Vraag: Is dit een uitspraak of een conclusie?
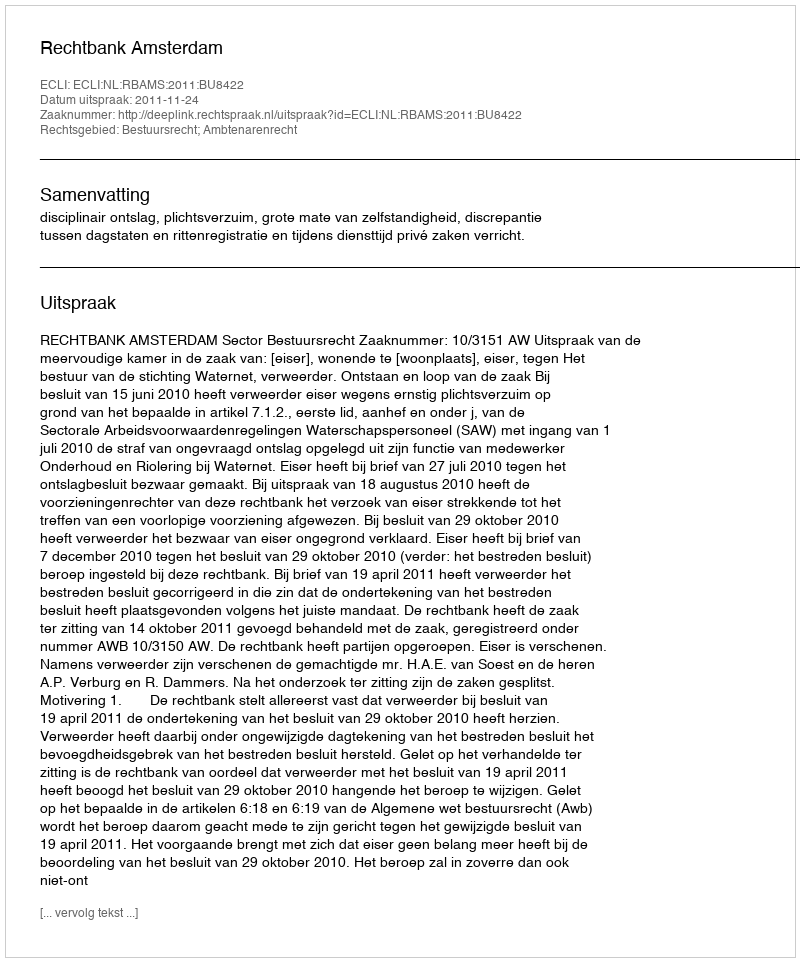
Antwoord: Uitspraak